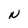
Character: N